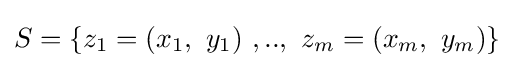
S=\{z_{1}=(x_{1},\ y_{1})\ ,..,\ z_{m}=(x_{m},\ y_{m})\}